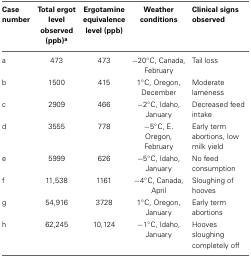
| Case number | Total ergot level observed (ppb)a | Ergotamine equivalence level (ppb) | Weather conditions | Clinical signs observed |
 | --- | --- | --- | --- | --- |
 | a | 473 | 473 | −20°C, Canada, February | Tail loss |
 | b | 1500 | 415 | 1°C, Oregon, December | Moderate lameness |
 | c | 2909 | 466 | −2°C, Idaho, January | Decreased feed intake |
 | d | 3555 | 778 | −5°C, E. Oregon, February | Early term abortions, low milk yield |
 | e | 5999 | 626 | −5°C, Idaho, January | No feed consumption |
 | f | 11,538 | 1161 | −4°C, Canada, April | Sloughing of hooves |
 | g | 54,916 | 3728 | 1°C, Oregon, January | Early term abortions |
 | h | 62,245 | 10,124 | −1°C, Idaho, January | Hooves sloughing completely off |